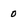
Character: 0